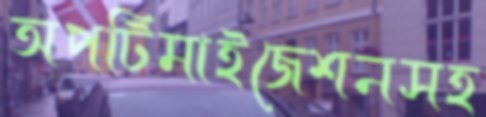
অপটিমাইজেশনসহ